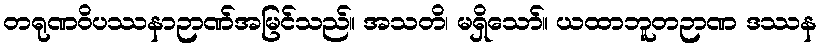
တရုဏဝိပဿနာဉာဏ်အမြင်သည်။ အသတိ၊ မရှိသော်။ ယထာဘူတဉာဏ ဒဿန